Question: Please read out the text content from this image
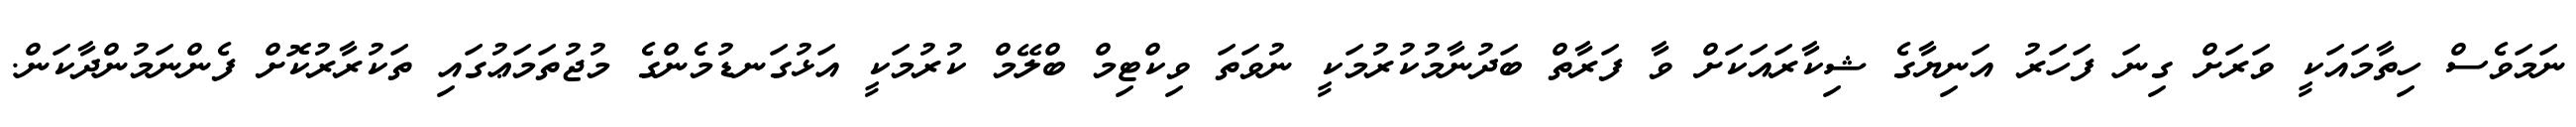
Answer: ނަމަވެސް ހިތާމައަކީ ވަރަށް ގިނަ ފަހަރު އަނިޔާގެ ޝިކާރައަކަށް ވާ ފަރާތް ބަދުނާމުކުރުމަކީ ނުވަތަ ވިކްޓިމް ބްލޭމް ކުރުމަކީ އަޅުގަނޑުމެންގެ މުޖުތަމަޢުގައި ތަކުރާރުކޮށް ފެންނަމުންދާކަން.